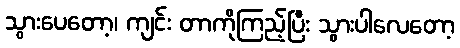
သွားပေတော့၊ ကျင်း တာကိုကြည့်ပြီး သွားပါလေတော့